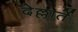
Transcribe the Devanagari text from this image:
देल्लार्ते